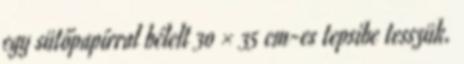
egy sütőpapírral bélelt 30 × 35 cm-es tepsibe tesszük.